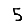
Digit: 5